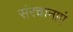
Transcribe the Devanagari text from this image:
संरचानाएं